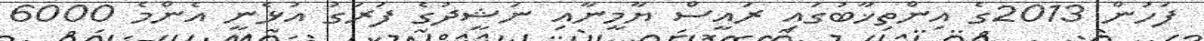
ފަހުން 2013ގެ އިންތިޚާބުގައި ރައީސް ޔާމީނާއި ނަޝީދުގެ ފަރަގު އުޅެނީ އެންމެ 6000